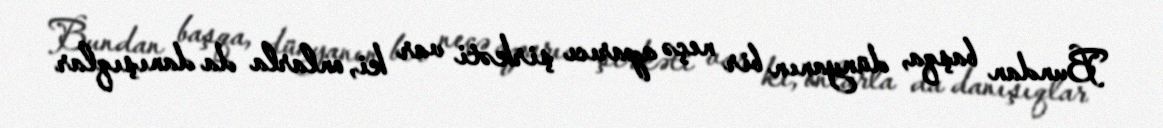
Bundan başqa, dünyanın bir neçə aparıcı şirkəti var ki, onlarla da danışıqlar